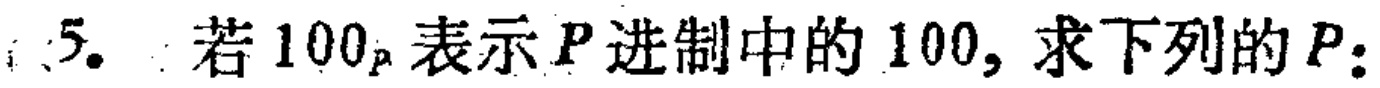
5. 若\(100_{P}\)表示\(P\)进制中的\(100\)，求下列的\(P\)：